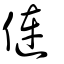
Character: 僆